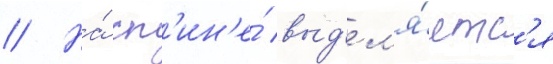
// На́ сп'ин'е́ выд'ел'я́етс'я